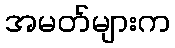
အမတ်များက